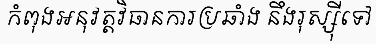
កំពុងអនុវត្តវិធានការប្រឆាំង នឹងរុស្ស៊ីទៅ